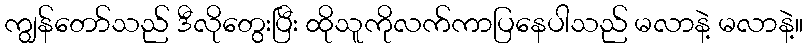
ကျွန်တော်သည် ဒီလိုတွေးပြီး ထိုသူကိုလက်ကာပြနေပါသည် မလာနဲ့ မလာနဲ့။